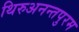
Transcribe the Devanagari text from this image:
थिरुअनन्तपुरम